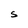
Character: S